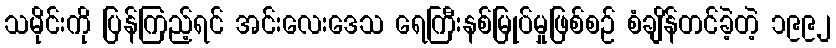
သမိုင်းကို ပြန်ကြည့်ရင် အင်းလေးဒေသ ရေကြီးနစ်မြုပ်မှုဖြစ်စဉ် စံချိန်တင်ခဲ့တဲ့ ၁၉၉၂